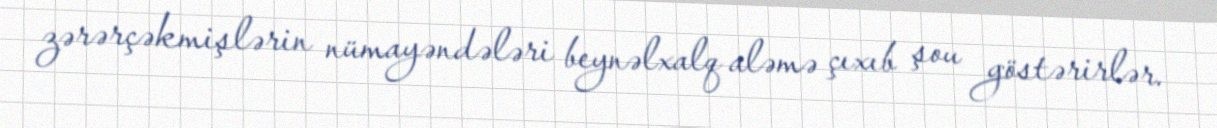
zərərçəkmişlərin nümayəndələri beynəlxalq aləmə çıxıb şou göstərirlər.